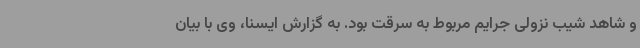
و شاهد شیب نزولی جرایم مربوط به سرقت بود. به گزارش ایسنا، وی با بیان